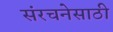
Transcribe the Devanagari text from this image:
संरचनेसाठी